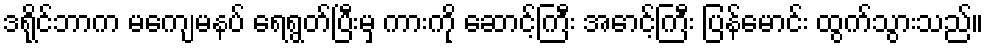
ဒရိုင်ဘာက မကျေမနပ် ရေရွတ်ပြီးမှ ကားကို ဆောင့်ကြီး အောင့်ကြီး ပြန်မောင်း ထွက်သွားသည်။